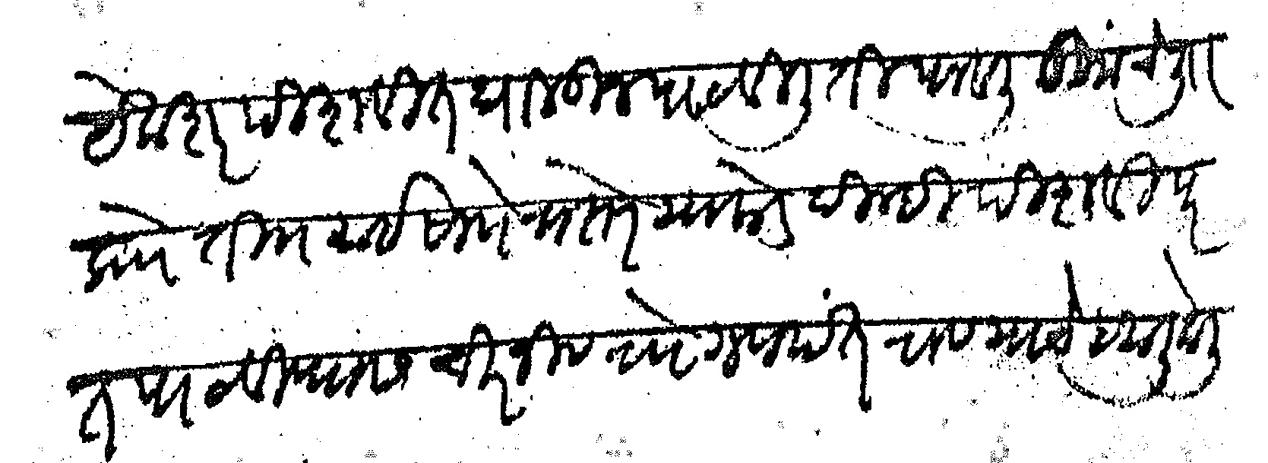
Transliteration (Devanagari): येक शर पिशवीत घालून पाठविली ती पावली तुमचे लि प्रो ती  माई साो रास्ते याकडे दिल्ही पिशवी परत पाठविण्यास चिरंजीव रो गणपतराव याचे हवाली केली